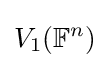
V_{1}(\mathbb {F} ^{n})